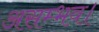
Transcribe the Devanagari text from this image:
असम्भव।